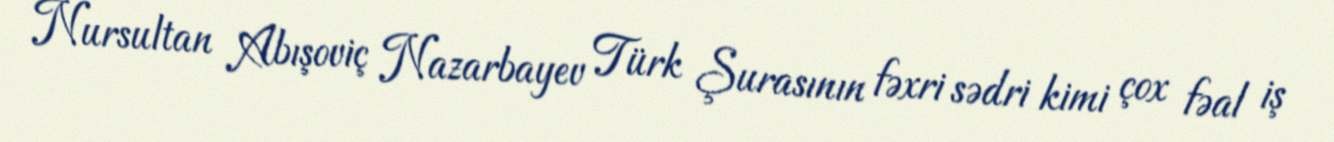
Nursultan Abışoviç Nazarbayev Türk Şurasının fəxri sədri kimi çox fəal iş